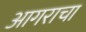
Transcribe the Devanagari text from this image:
आगराचा